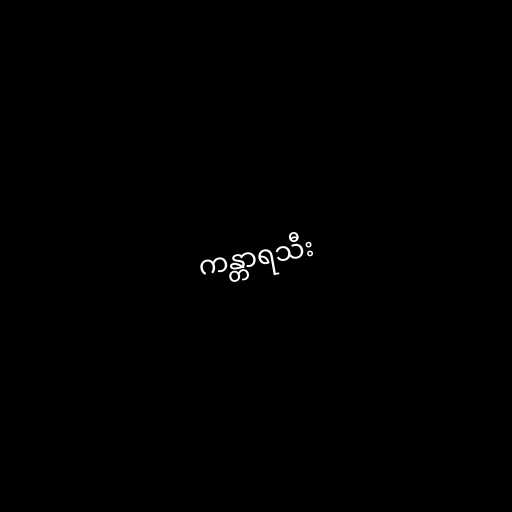
ကန္တာရသီး